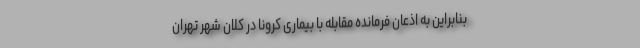
بنابراین به اذعان فرمانده مقابله با بیماری کرونا در کلان شهر تهران